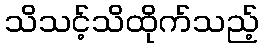
သိသင့်သိထိုက်သည့်